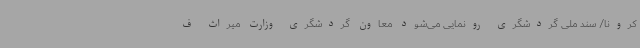
کرونا/ سند ملی گردشگری رونمایی می‌شود معاون گردشگری وزارت میراث ف